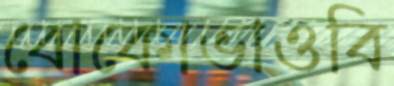
বোকোভাওবি